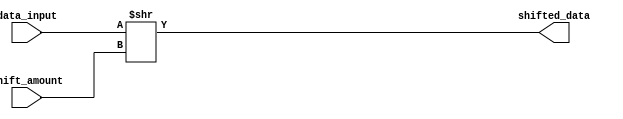
module arithmetic_block (
    input signed [15:0] data_input,
    input [3:0] shift_amount,
    output reg signed [15:0] shifted_data
);

always @(*) begin
    shifted_data = data_input >> shift_amount;
end

endmodule